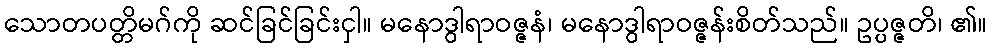
သောတပတ္တိမဂ်ကို ဆင်ခြင်ခြင်းငှါ။ မနောဒွါရာဝဇ္ဇနံ၊ မနောဒွါရာဝဇ္ဇန်းစိတ်သည်။ ဥပ္ပဇ္ဇတိ၊ ၏။